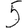
Digit: 5